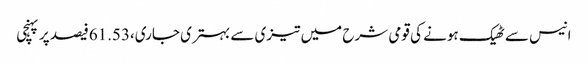
انیس سے ٹھیک ہونے کی قومی شرح میں تیزی سے بہتری جاری،61.53فیصد پر پہنچی